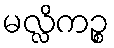
မလ္လိကဉ္စ